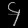
Digit: ၄